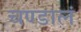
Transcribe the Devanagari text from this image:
चण्डालं